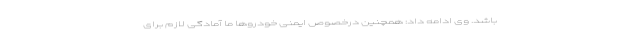
باشد. وی ادامه داد: همچنین درخصوص ایمنی خودروها ما آمادگی لازم برای